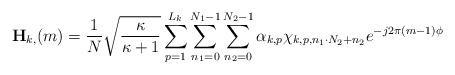
LaTeX: \begin{align*}\mathbf{H}_{k,}(m) =\frac{1}{N} \sqrt{\frac{\kappa}{\kappa+1}} \sum_{p=1}^{L_k} \sum_{n_1=0}^{N_1-1} \sum_{n_2=0}^{N_2-1} \alpha_{k,p} \chi_{k,p,n_1\cdot N_2+n_2} e^{-j2\pi (m-1) \phi^{} }\end{align*}